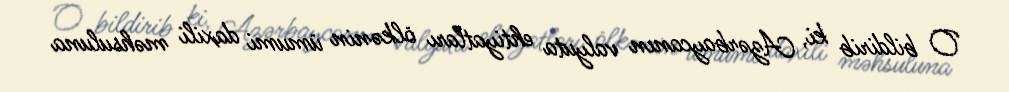
O bildirib ki, Azərbaycanın valyuta ehtiyatları ölkənin ümumi daxili məhsuluna